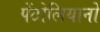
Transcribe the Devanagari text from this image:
पेंटोलियानो